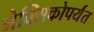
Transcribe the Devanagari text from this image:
मेक्सिकोपर्यंत